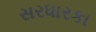
સરધારકા